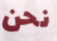
نحن